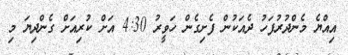
އިއްޔެ މެންދުރުފަހު ދެއަކުން ފެށިގެން ހަވީރު 4:30 އަށް ކުރިއަށް ގެންދިޔަ މި